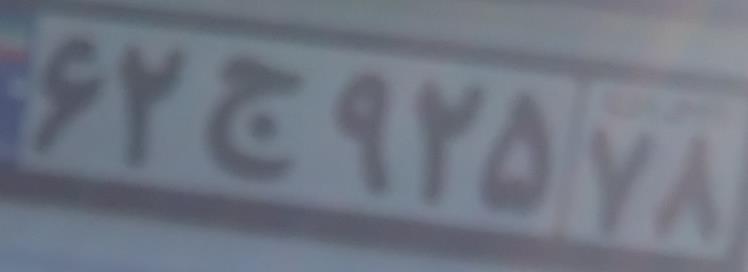
۶۲ج۹۲۵۷۸